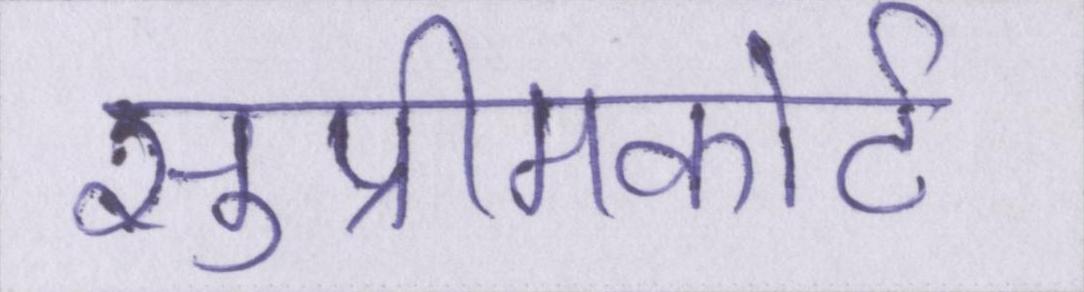
सुप्रीमकोर्ट